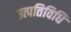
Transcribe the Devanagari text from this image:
उत्पतिविधि